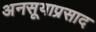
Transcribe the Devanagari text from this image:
अनसूयाप्रसाद